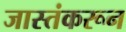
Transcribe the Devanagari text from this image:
जास्तंकरून